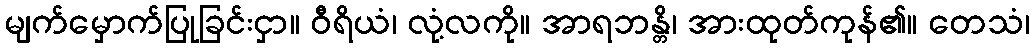
မျက်မှောက်ပြုခြင်းငှာ။ ဝီရိယံ၊ လုံ့လကို။ အာရဘန္တိ၊ အားထုတ်ကုန်၏။ တေသံ၊